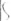
Text: S